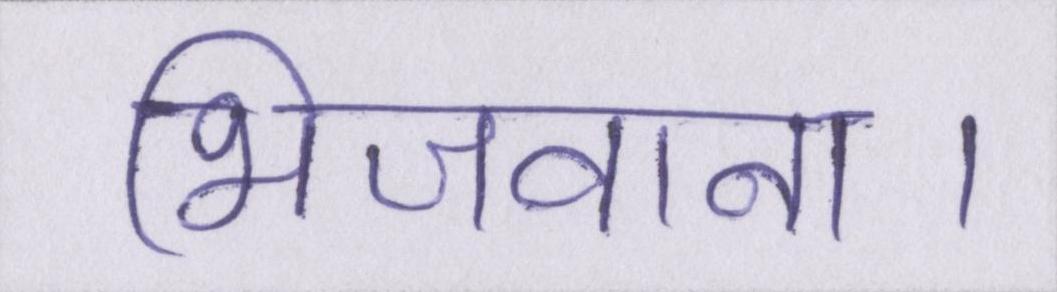
भिजवाना।